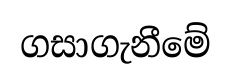
ගසාගැනීමේ